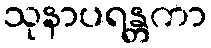
သုနာပရန္တကာ